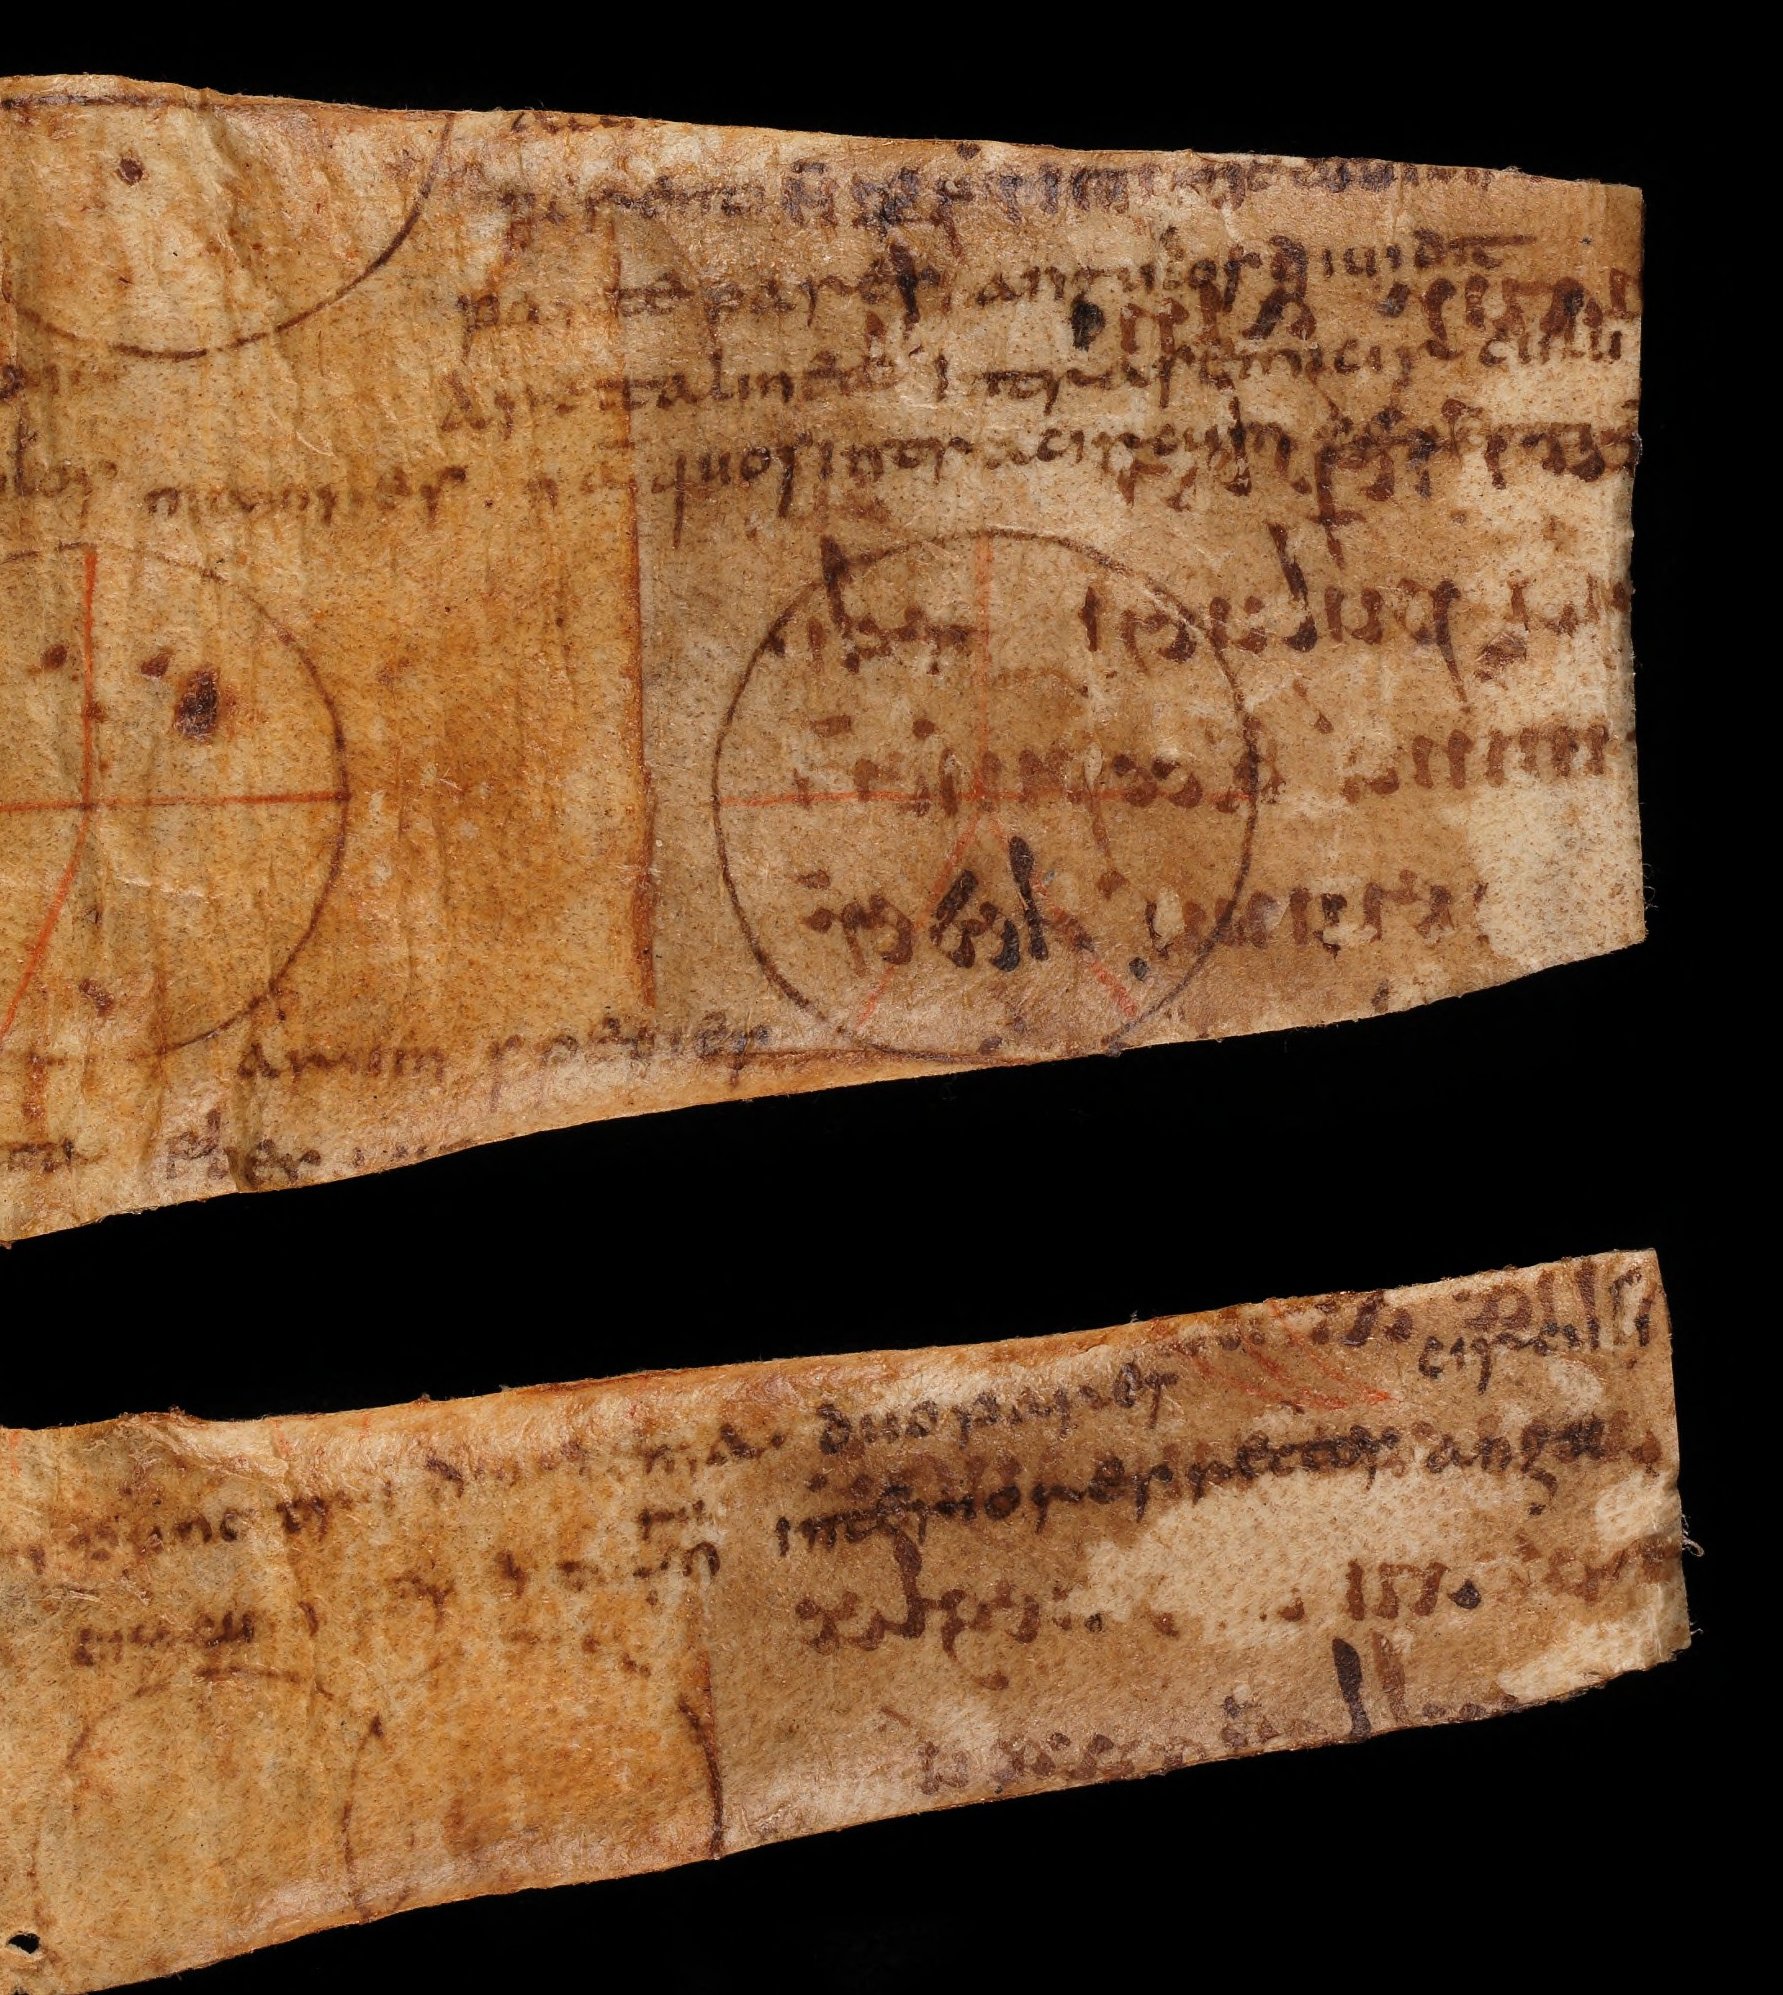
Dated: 800–849